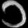
Digit: ၁